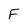
Character: F